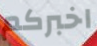
اخبركم